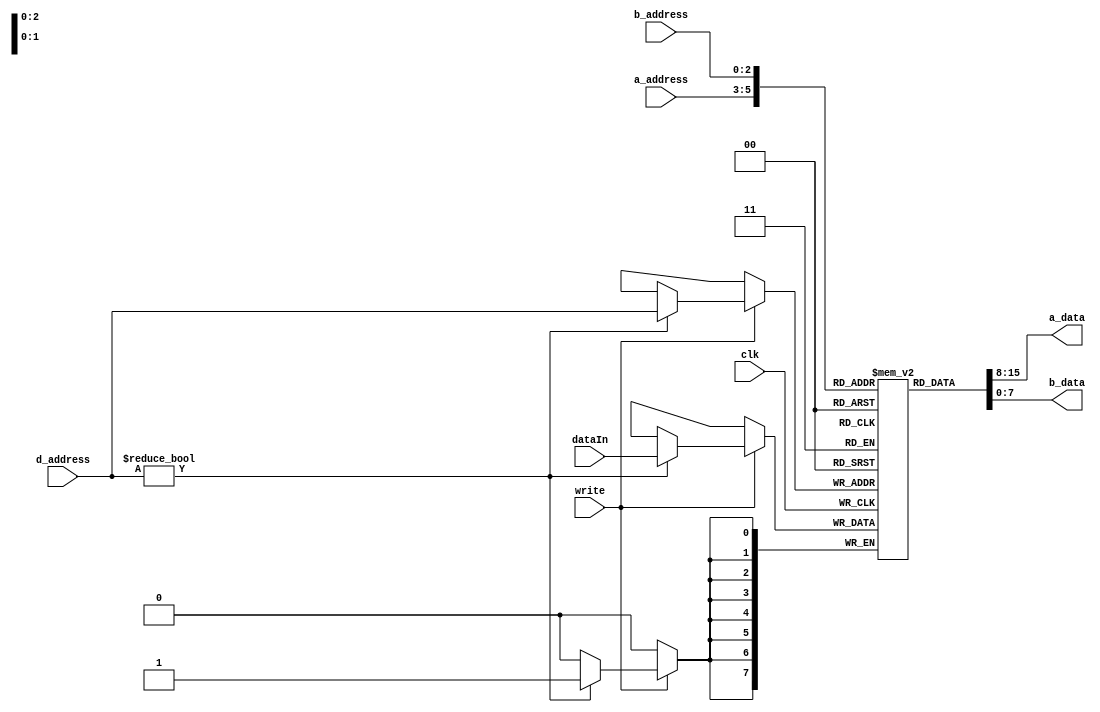
`timescale 1ns / 1ps

module register_file( input            clk,
                      input      [2:0] a_address,
                      input      [2:0] b_address,
                      input      [2:0] d_address, 
                      input      [7:0] dataIn, 
                      input            write,
                      output reg [7:0] a_data,
                      output reg [7:0] b_data );
    /*There will be a zero register and 7 general purpose registers. The zero register will always
    have a value of 0 that cannot be changed (this will be index 0). The 7 remaining registers
    (indices 1-7) will potentially be overwritten. The A and B Data outputs are controlled by
    the A and B Address inputs, respectively. Whatever the value of A Address is determines
    the register value that will be output to the A Data output. The same applies to the B 
    Address input and the B Data output. The D Address, Data In, and Write Enable inputs
    will be used to control the writing of data to the registers. If writing is enabled by the Write
    Enable input, then when the clock pulses the value from Data In will be stored in the register
    associated with the D Address value (with the exception of the zero register). For example,
    if the D Address input is '010', then the value of Data In will be stored in register 2.*/
    reg[7:0] registers[7:0];
    reg[7:0] k = 0;
    initial begin
        registers[0] = 0;//0
        // registers[1] = 0;//a
        // registers[2] = 0;//b
        // registers[3] = 0;//add
        // registers[4] = 0;//sub
        // registers[5] = 0;//not
        // registers[6] = 0;
        // registers[7] = 0;
    end
    
    always @* begin
        a_data = registers[a_address];
        b_data = registers[b_address];
    end
    
    always @(negedge clk ) begin
        if(write)begin
            if(d_address!= 0)
                registers[d_address] = dataIn;
        end
    end
    
endmodule